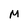
Character: M